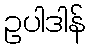
ဥပါဒါန်